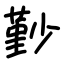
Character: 㝻